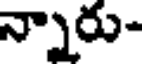
న్నారు-